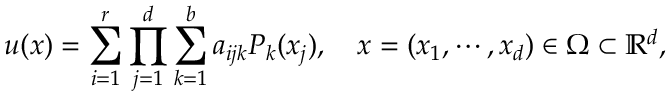
u ( x ) = \sum _ { i = 1 } ^ { r } \prod _ { j = 1 } ^ { d } \sum _ { k = 1 } ^ { b } a _ { i j k } P _ { k } ( x _ { j } ) , \quad x = ( x _ { 1 } , \cdots , x _ { d } ) \in \Omega \subset \mathbb { R } ^ { d } ,